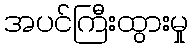
အပင်ကြီးထွားမှု